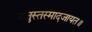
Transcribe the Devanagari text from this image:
यजुस्तस्मादजायत॥